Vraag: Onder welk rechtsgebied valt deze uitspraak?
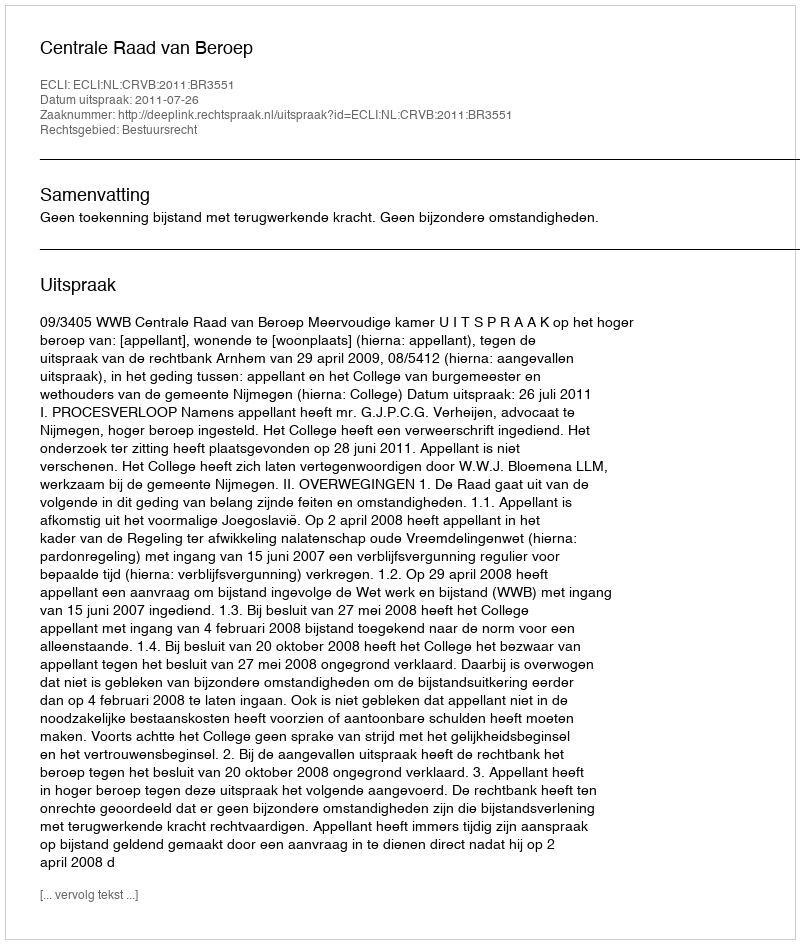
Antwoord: Bestuursrecht